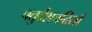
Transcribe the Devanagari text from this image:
चतुर्दशपदियाँ